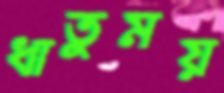
ধাতুময়